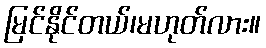
မြင်နိုင်တယ်၊မဟုတ်လား။